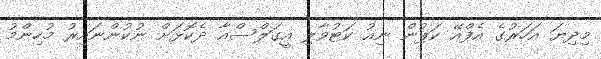
މިދިޔަ އަހަރުގެ އެފްއޭ ކަޕުން ނިއު ކަޓުވާލި އީގަލްސްއާ ދެކޮޅަށް ނުކުންނައިރު މުހިންމު